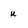
Character: u